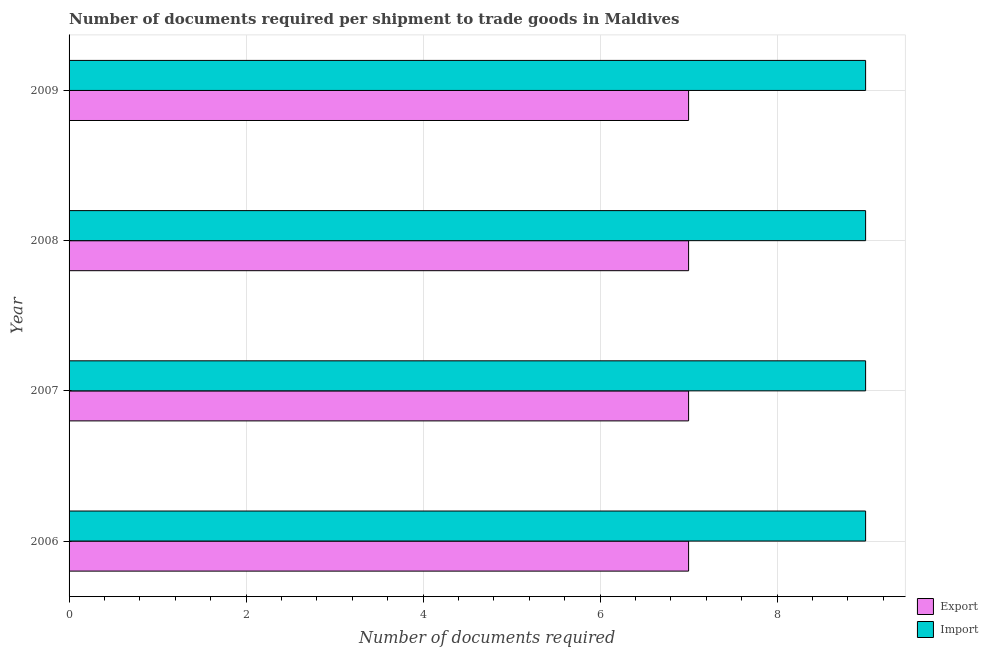
| Year | Export | Import |
 | --- | --- | --- |
 | 2006 | 7 | 9 |
 | 2007 | 7 | 9 |
 | 2008 | 7 | 9 |
 | 2009 | 7 | 9 |